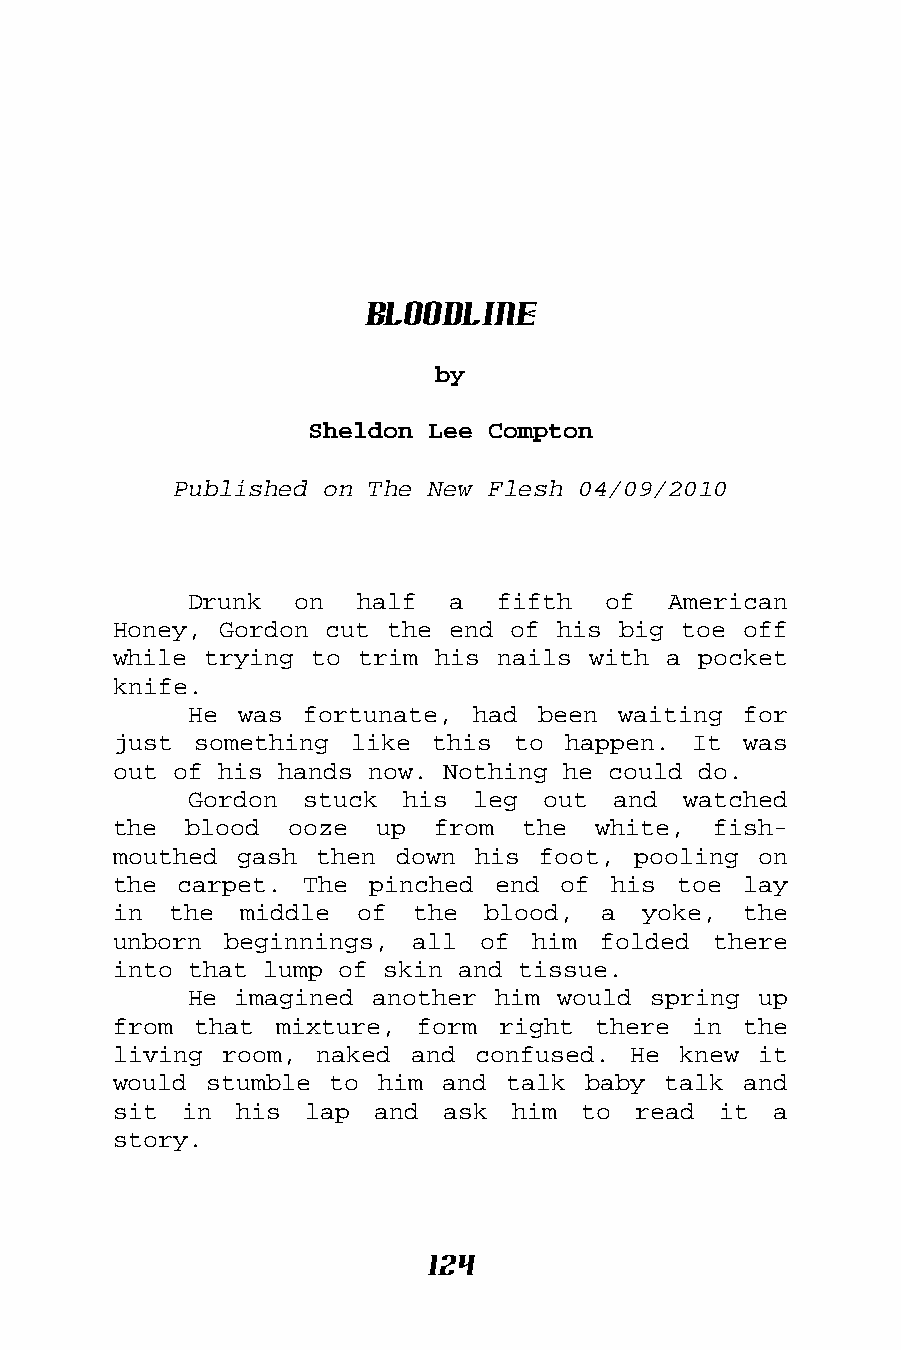
Bloodline
 by
 Sheldon Lee Compton
 Published on The New Flesh 04/09/2010
 Drunk  on  half  a  fifth  of   American
 Honey, Gordon cut the end of his big toe  off
 while trying to trim his nails with a  pocket
 knife.
 He was fortunate,  had been waiting  for
 just something  like this to  happen. It  was
 out of his hands now. Nothing he could do.
 Gordon stuck  his  leg out  and  watched
 the  blood ooze  up  from  the  white,  fish-
 mouthed gash then  down his foot, pooling  on
 the carpet.  The pinched end  of his toe  lay
 in  the middle  of  the blood,  a  yoke,  the
 unborn beginnings,  all of  him folded  there
 into that lump of skin and tissue.
 He imagined another him would spring  up
 from that  mixture, form right  there in  the
 living room, naked  and confused. He knew  it
 would stumble to him  and talk baby talk  and
 sit in  his  lap and  ask him  to read  it  a
 story.
 124